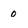
Character: 0